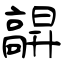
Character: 髜